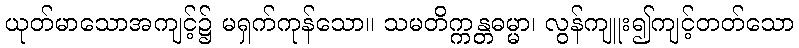
ယုတ်မာသောအကျင့်၌ မရှက်ကုန်သော။ သမတိက္ကန္တဓမ္မာ၊ လွန်ကျူး၍ကျင့်တတ်သော